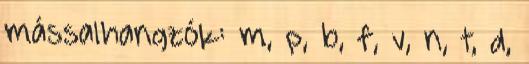
mássalhangzók: m, p, b, f, v, n, t, d,